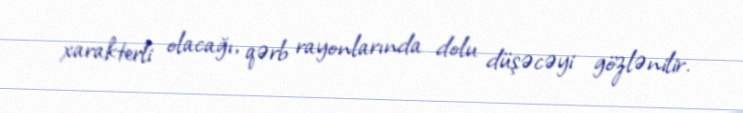
xarakterli olacağı, qərb rayonlarında dolu düşəcəyi gözlənilir.